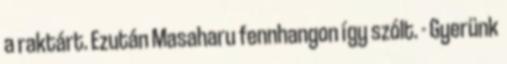
a raktárt. Ezután Masaharu fennhangon így szólt. - Gyerünk